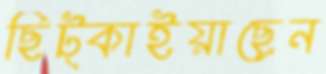
ছিট্‌কাইয়াছেন